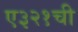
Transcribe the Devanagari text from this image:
ए३२१ची